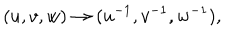
( u , v , w ) \to ( u ^ { - 1 } , v ^ { - 1 } , w ^ { - 1 } ) ,